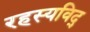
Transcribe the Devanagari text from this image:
रहस्यविद्